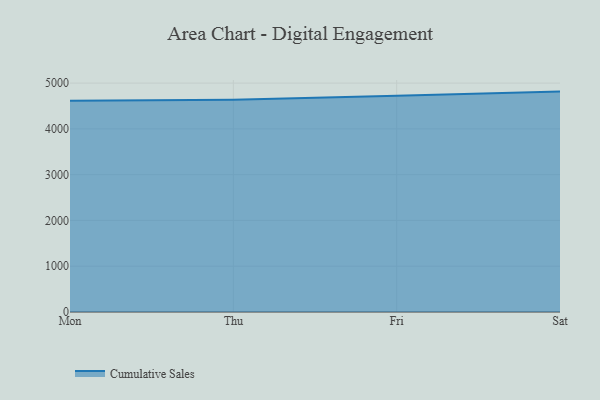
{"axis": {"x": "Day", "y": "Conversion Rate (%)"}, "legend": ["Cumulative Sales"], "data": [{"x": "Mon", "y": 4613.6, "type": "Cumulative Sales"}, {"x": "Thu", "y": 4635.6, "type": "Cumulative Sales"}, {"x": "Fri", "y": 4721.4, "type": "Cumulative Sales"}, {"x": "Sat", "y": 4814.0, "type": "Cumulative Sales"}]}